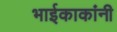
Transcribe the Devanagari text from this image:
भाईकाकांनी